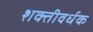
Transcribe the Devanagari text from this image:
शक्तीवर्धक